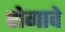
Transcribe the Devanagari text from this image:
रोगावे